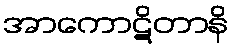
အာကောဋိတာနိ